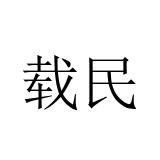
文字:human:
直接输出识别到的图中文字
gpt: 载民